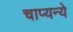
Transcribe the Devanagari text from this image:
चाप्यन्ये